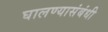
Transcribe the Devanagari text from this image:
घालण्यासंबंधी